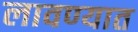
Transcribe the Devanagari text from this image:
लावण्‍यात